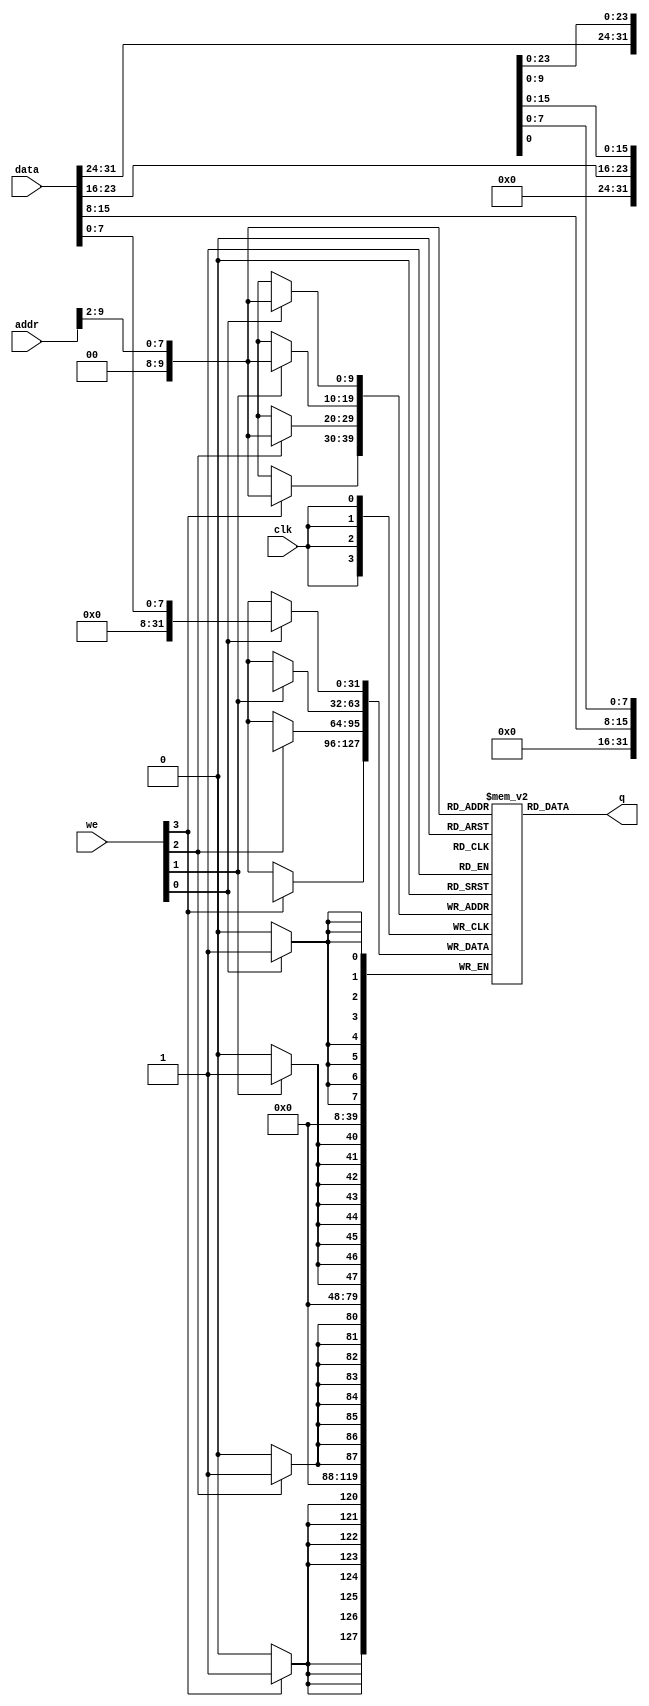
module InstruMemory 
#(parameter DATA_WIDTH = 32, parameter ADDR_WIDTH = 32)
(
	input [(DATA_WIDTH-1):0] data,
	input [(ADDR_WIDTH-1):0] addr,
	input [3:0] we, 
	input clk,
	output [(DATA_WIDTH-1):0] q
);

	// Declare the RAM variable
	reg [DATA_WIDTH-1:0] ram[2**(ADDR_WIDTH - 22) - 1:0];

	// Variable to hold the registered read address
	reg [ADDR_WIDTH-1:0] addr_reg;
	
initial
begin
/*
ram[0] = 32'b000000_00010_00011_00011_00000_100000;
ram[1] = 32'b000000_00010_00011_00011_00000_100000;//2# + 3# ->3#
ram[2] = 32'b000000_00010_00001_00010_00000_100010;//2# - 1#
ram[3] = {16'b000001_00010_00010,16'hfffd};//begz 2# > 0
ram[4] = {16'b000001_00011_00011,16'hffff};//begz 3# > 0
*/
//1# 1
//2# 2
//Add Sub

//--------------------------------------------Test1-------------------------------------------

ram[0] = 32'b000000_01001_01010_00011_00000_100000;//3# 3 
ram[1] = 32'b000000_01001_01100_00100_00000_100010;//9# - 12#
ram[2] = 32'b000000_11111_00100_00101_00000_100010;//31# - 4# ->5# Overflow
ram[3] = 32'b000000_00101_00001_00011_00000_100000;//5# + 1# ->5#
//5# 6

ram[4] = 32'b000000_00100_00001_00101_00000_100011;//subu 4# - 1# ->5# 5#ffffffe
ram[5] = 32'b000000_00010_00101_00101_00000_000111;//SRAV 5# >> (2#:2)
ram[6] = 32'b000000_00010_01001_00101_00010_000010;//ROTR 9# >> (Shamat)->5#
ram[7] = 32'b000000_01010_01001_00101_00000_101011;//sltu 10# - 9# -> 5#
//???????5# fffffff
ram[8] = {16'b001000_00101_00101,16'h789a};//addi 5# I ->5#
ram[9] = {16'b001000_11111_00101,16'h7abc};//addi 31# I ->5#  
ram[10] = {16'b001001_11111_00101,16'h7abc};//addiu 31# I ->5#  
ram[11] = {16'b001001_00101_00101,16'h789a};//addiu 5# I ->5#

ram[12] = {16'b001111_00000_00101,16'h789a};//lui lui I ->5#
ram[13] = {16'b001110_11111_00101,16'habcd};//xori xori I 31# -> 5#

ram[14] = 32'b011100_01011_00010_00101_00000_100001;//clo 11# ->5#
ram[15] = 32'b011100_01010_00010_00101_00000_100000;//clz 10# ->5#
ram[16] = {16'b001010_00101_00101,16'habcd};//slti  5# < I ->5#
ram[17] = 32'b011111_00000_01101_00110_10000_100000;//seb 8# -> 6#
ram[18] = {16'b101011_00000_01001,16'd512};//sw
ram[19] = {16'b101010_00000_11111,16'd256};//swl
ram[20] = {16'b100011_00000_00011,16'd512};//lw
ram[21] = {16'b100010_00000_00011,16'd513};//lwl
ram[22] = {16'b100010_00000_00011,16'd514};//lwl
ram[23] = {16'b100010_00000_00011,16'd515};//lwl
ram[24] = {16'b100110_00000_00011,16'd513};//lwr
ram[25] = {16'b100110_00000_00011,16'd514};//lwr
ram[26] = {16'b100110_00000_00011,16'd515};//lwr
ram[27] = 32'b000000_01001_00011_00011_00000_100000;//3# 3 
//ram[8'b10000000] = 32'h7fffffff;
ram[28] = {16'b101010_00000_11111,16'd513};//swl
ram[29] = {16'b101010_00000_11111,16'd514};//swl
ram[30] = {16'b101010_00000_11111,16'd515};//swl
ram[31] = {16'b101110_00000_11111,16'd513};//swr
ram[32] = {16'b101110_00000_11111,16'd514};//swr
ram[33] = {16'b101110_00000_11111,16'd515};//swr
ram[34] = {16'b000001_00001_10001,16'h0006};//begzal 1# > 0
//ram[19] = {16'b000001_00001_00001,16'h0010};//begz 1# > 0
ram[35] = {6'b000010,2'b0,24'h0};//J
ram[41] = {16'b000001_11110_00001,16'h0001};//begz 30# < 0

ram[42] = {6'b000010,2'b0,24'h0};//J


//-------------------------Test2--------------------------------------------------------------
//ram[0] = {16'b101011_00000_01001,16'd512};//sw
//ram[1] = {16'b100011_00000_01110,16'd512};//lw
//ram[2] = 32'b000000_01110_00001_00001_00000_100000;
/*
ram[0] = 32'b0;
ram[1] = 32'b0;
ram[2] = 32'b0;
ram[3] = 32'b0;
ram[4] = {16'b101011_00000_01001,16'd512};//sw
ram[5] = {16'b101010_00000_11111,16'd256};//swl
ram[6] = {16'b100011_00000_00011,16'd512};//lw
ram[7] = {16'b100010_00000_00011,16'd513};//lwl
ram[8] = {16'b100010_00000_00011,16'd514};//lwl
ram[9] = {16'b100010_00000_00011,16'd515};//lwl
ram[10] = {16'b100110_00000_00011,16'd513};//lwr
ram[11] = {16'b100110_00000_00011,16'd514};//lwr
ram[12] = {16'b100110_00000_00011,16'd515};//lwr
//ram[8'b10000000] = 32'h7fffffff;
ram[13] = {16'b101010_00000_11111,16'd513};//swl
ram[14] = {16'b101010_00000_11111,16'd514};//swl
ram[15] = {16'b101010_00000_11111,16'd515};//swl
ram[16] = {16'b101110_00000_11111,16'd513};//swr
ram[17] = {16'b101110_00000_11111,16'd514};//swr
ram[18] = {16'b101110_00000_11111,16'd515};//swr
*/

//----------------------------Test3----------------------------------------------------------
/*ram[0] = {16'b000001_11111_10001,16'd10};//bgezal
//ram[1] = {16'b000001_11111_00001,16'hffff};//begz 3# > 0
ram[2] = {16'b000001_11111_00001,16'hffff};//begz 3# > 0
ram[11] = {16'b000001_11111_00001,16'hffff};//begz 3# > 0*/
//----------------------------Test4----------------------------------------------------------
/*ram[0] = 32'b000000_00010_00011_00011_00000_100000;//2# + 3# ->3#
ram[1] = 32'b000000_00010_00001_00010_00000_100010;//2# - 1#
ram[2] = {16'b000001_00010_00001,16'hfffd};//begz 2# > 0
ram[3] = {16'b000001_00011_00001,16'hffff};//begz 3# > 0
*/
//----------------------------Test5----------------------------------------------------------
/*
ram[0] = 32'h00644020;        //1 - add r8 = r3 + r4 
ram[1] = 32'h00654020;        //1 - add r8 = r3 + r5 
ram[2] = 32'h20670000;        //2 -addi r7  = r3 + 0000 
ram[3] = 32'h2027fffe;        //2 -addi r7  = r1 + fffe 
ram[4] = 32'h2426fffe;        //3 -addiu r6 = r1 + fffe 
ram[5] = 32'h00694022;        //4 -sub   r8 = r3 - r9  
ram[6] = 32'h006a6022;        //4 -sub   r12 = r3 - r10  
ram[7] = 32'h006a6023;        //5 -subu  r12 = r3 - r10  
ram[8] = 32'h7c0b6420;        //6 -seb   r12 = r11 
ram[9] = 32'h3c0d1234;        //7 -lui   r13 = im  
ram[10] = 32'h38670000;       //8 -xori  r7 = r3 nor im
ram[11] = 32'h70804021;       //9 -clo   r8 = r4 1 *rd_in
ram[12] = 32'h70604020;       //10 -clz  r8 = r3 0 *rd
ram[13] = 32'h004b4007;       //11 -srav r8 = r11  r2

ram[14] = 32'h002b40c2;       //12 -rotr r8 = r11  shamt =3 
ram[15] = 32'h0043402b;       //13 -sltu r2 r3  r8  
ram[16] = 32'h28480000;       //14 -slti r2 im  r8
ram[17] = 32'h28480fff;       //14 -slti r2 im  r8
ram[18] = 32'h08000020;       //15 -j  32 
ram[32] = 32'h04400004;       //16 -bgezal  r2 0  offset<<2  save r31 
	
ram[36] = 32'h880800e1;       //18 -lwl r0+im(56)(8)r8
ram[37] = 32'h8c0800e0;       //19 -lw  r0+im(56)(0)r8	
ram[38] = 32'hac0400e0;       //20 -sw  r0+im(56)R4(0)
ram[39] = 32'hb80400e1;       //21 -swr r0+im(56)R4(8)
	
//process-1
ram[40] = 32'h8c0200e4;       //19 -lw  r0+im(57)(0)r2  
											//r2-5
ram[41] = 32'h00004020;       //1 - add r8 = r0 + r0     r8	
ram[42] = 32'h20420001;       //2 -addi r2 = r2 + 0001   +1  
ram[43] = 32'h04400004;       //16 -bgezal  r2 0  offset<<2  save r31 
											//r2>=0
ram[44] = 32'hac0200e0;       //20 -sw  r0+im(56)R2(0)
ram[45] = 32'h0800002a;       //15 -j  42 

ram[56] = 32'h0f0f0f0f;
ram[57] = 32'hfffffffa;	
*/
/*
ram[0] = 32'b001000_00000_00111_0000000000000100;  //addi r0 im(4) -> r7
ram[1] = 32'b000000_00000_00111_0100000000100010;  //sub  r0 r7 -> r8
ram[2] = 32'b001000_01000_01000_0000000000000001;  //addi r8 im(1) -> r8

ram[3] = 32'b000000_00010_00001_0101000000100010;  //sub  r2 r1 -> r10
ram[4] = 32'b000001_01010_00001_0000000000000011; //bgez r10 -> 3
ram[5] = 32'b000000_00000_00001_0100100000100111; //nor r0 r1 -> r9
ram[6] = 32'b000000_00000_00010_0000100000100111; //nor r0 r2 -> r1
ram[7] = 32'b000000_00000_01001_0001000000100111; //nor r0 r9 -> r2

ram[8] = 32'b000000_00011_00010_0101000000100010;  //sub  r3 r2 -> r10
ram[9] = 32'b000001_01010_00001_0000000000000011; //bgez r10 -> 3
ram[10] = 32'b000000_00000_00010_0100100000100111; //nor r0 r2 -> r9
ram[11] = 32'b000000_00000_00011_0001000000100111; //nor r0 r3 -> r2
ram[12] = 32'b000000_00000_01001_0001100000100111; //nor r0 r9 -> r3

ram[13] = 32'b000000_00100_00011_0101000000100010;  //sub  r4 r3 -> r10
ram[14] = 32'b000001_01010_00001_0000000000000011; //bgez r10 -> 3
ram[15] = 32'b000000_00000_00011_0100100000100111; //nor r0 r3 -> r9
ram[16] = 32'b000000_00000_00100_0001100000100111; //nor r0 r4 -> r3
ram[17] = 32'b000000_00000_01001_0010000000100111; //nor r0 r9 -> r4

ram[18] = 32'b000000_00101_00100_0101000000100010;  //sub  r5 r4 -> r10
ram[19] = 32'b000001_01010_00001_0000000000000011; //bgez r10 -> 3
ram[20] = 32'b000000_00000_00100_0100100000100111; //nor r0 r4 -> r9
ram[21] = 32'b000000_00000_00101_0010000000100111; //nor r0 r5 -> r4
ram[22] = 32'b000000_00000_01001_0010100000100111; //nor r0 r9 -> r5

ram[23] = 32'b000001_01000_00001_0000000000000001; //bgez r8 -> 1
ram[24] = 32'b000010_00000_00000_0000000000000010; //j    jump to 2
*/
end
	
	always @ (negedge clk)
	begin
		// Write
		if (we[0] == 1'b1)
			ram[addr[9:2]][7:0] <= data[7:0];
		if (we[1] == 1'b1)
			ram[addr[9:2]][15:8] <= data[15:8];
		if (we[2] == 1'b1)
			ram[addr[9:2]][23:16] <= data[23:16];
		if (we[3] == 1'b1)
			ram[addr[9:2]][31:24] <= data[31:24];
		//addr_reg <= addr;
	end
	
	// Continuous assignment implies read returns NEW data.
	// This is the natural behavior of the TriMatrix memory
	// blocks in Single Port mode.  
	assign q = ram[addr[9:2]];

endmodule